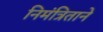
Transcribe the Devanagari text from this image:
निमंत्रिताने